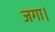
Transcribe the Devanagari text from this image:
जगा।